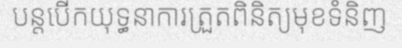
បន្តបើកយុទ្ធនាការត្រួតពិនិត្យមុខទំនិញ